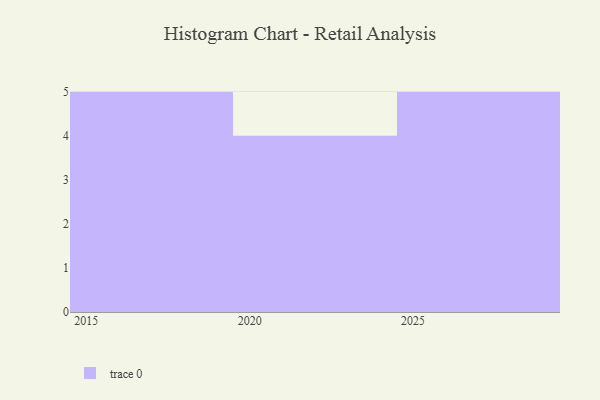
{"axis": {"x": "Year", "y": "Churn Rate (%)"}, "legend": [""], "data": [{"x": "2017", "y": 60, "type": ""}, {"x": "2016", "y": 59, "type": ""}, {"x": "2029", "y": 49, "type": ""}, {"x": "2025", "y": 71, "type": ""}, {"x": "2028", "y": 77, "type": ""}, {"x": "2022", "y": 60, "type": ""}, {"x": "2019", "y": 7, "type": ""}, {"x": "2015", "y": 36, "type": ""}, {"x": "2024", "y": 70, "type": ""}, {"x": "2026", "y": 43, "type": ""}, {"x": "2020", "y": 7, "type": ""}, {"x": "2018", "y": 36, "type": ""}, {"x": "2023", "y": 37, "type": ""}, {"x": "2027", "y": 23, "type": ""}]}